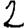
Digit: 2